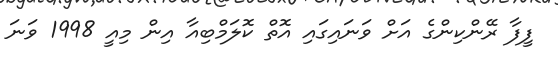
ފީފާ ރޭންކިންގެ އަށް ވަނައިގައި އޮތް ކޮލަމްބިއާ އިން މިއީ 1998 ވަނަ